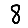
Digit: 8